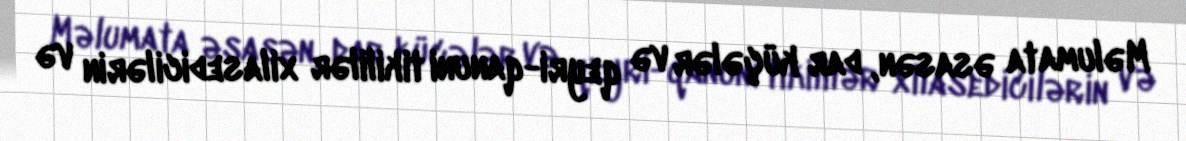
Məlumata əsasən, dar küçələr və qeyri-qanuni tikililər xilasedicilərin və